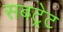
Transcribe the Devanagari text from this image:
सबट्रेट